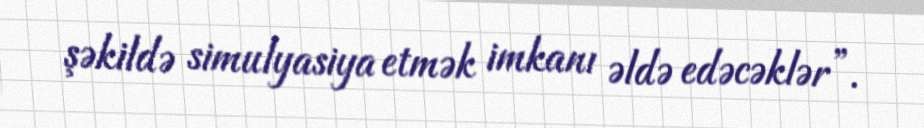
şəkildə simulyasiya etmək imkanı əldə edəcəklər”.